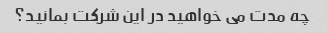
چه مدت می خواهید در این شرکت بمانید؟